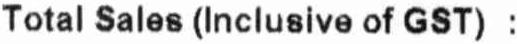
TOTAL SALES (INCLUSIVE OF GST) :